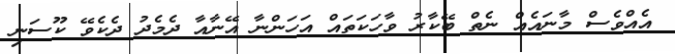
އެއްވެސް މާނައެއް ނެތް ބޭކާރު ވާހަކަތައް އަހަންނާ އޭނާއާ ދެމެދު ދެކެވޭ ކޫސަނި